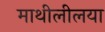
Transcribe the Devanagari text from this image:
माथीलीलया